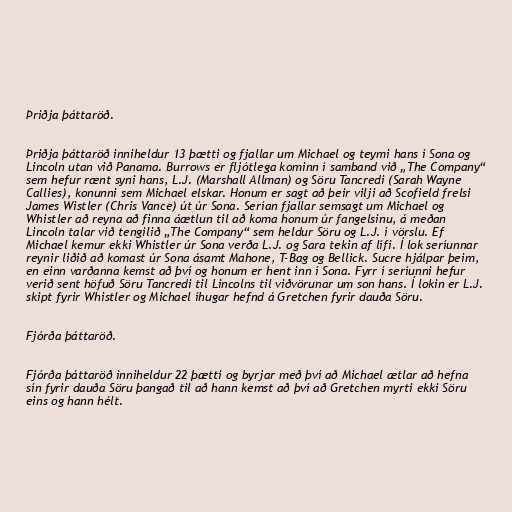
Þriðja þáttaröð.

Þriðja þáttaröð inniheldur 13 þætti og fjallar um Michael og teymi hans í Sona og
Lincoln utan við Panama. Burrows er fljótlega kominn í samband við „The Company“
sem hefur rænt syni hans, L.J. (Marshall Allman) og Söru Tancredi (Sarah Wayne
Callies), konunni sem Michael elskar. Honum er sagt að þeir vilji að Scofield frelsi
James Wistler (Chris Vance) út úr Sona. Serían fjallar semsagt um Michael og
Whistler að reyna að finna áætlun til að koma honum úr fangelsinu, á meðan
Lincoln talar við tengilið „The Company“ sem heldur Söru og L.J. í vörslu. Ef
Michael kemur ekki Whistler úr Sona verða L.J. og Sara tekin af lífi. Í lok seríunnar
reynir liðið að komast úr Sona ásamt Mahone, T-Bag og Bellick. Sucre hjálpar þeim,
en einn varðanna kemst að því og honum er hent inn í Sona. Fyrr í seríunni hefur
verið sent höfuð Söru Tancredi til Lincolns til viðvörunar um son hans. Í lokin er L.J.
skipt fyrir Whistler og Michael íhugar hefnd á Gretchen fyrir dauða Söru.

Fjórða þáttaröð.

Fjórða þáttaröð inniheldur 22 þætti og byrjar með því að Michael ætlar að hefna
sín fyrir dauða Söru þangað til að hann kemst að því að Gretchen myrti ekki Söru
eins og hann hélt.